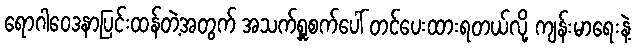
ရောဂါဝေဒနာပြင်းထန်တဲ့အတွက် အသက်ရှူစက်ပေါ် တင်ပေးထားရတယ်လို့ ကျန်းမာရေးနဲ့